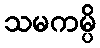
သမကမ္ပိ